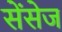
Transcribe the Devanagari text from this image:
सेंसेज